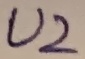
Text: U2